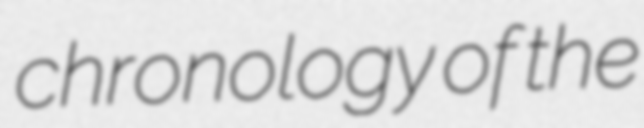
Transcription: chronology of the